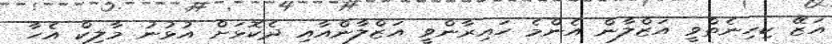
އަޒޭ ކިހިނެތްވީ އަޒްލާން އެންމެ ހައިރާންވީ އަޒްލާންއާއި ދެކޮޅަށް އުޅުނު މާލިކް އެހާ